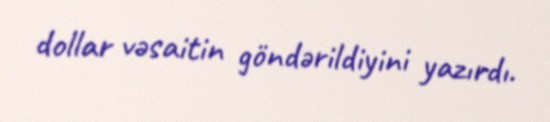
dollar vəsaitin göndərildiyini yazırdı.